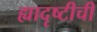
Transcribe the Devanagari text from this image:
ह्यादृष्टीची